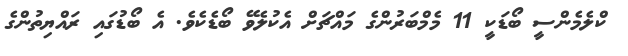
ކްލެމެންސީ ބޯޑަކީ 11 މެމްބަރުންގެ މައްޗަށް އެކުލެވޭ ބޯޑެކެވެ. އެ ބޯޑުގައި ރައްޔިތުންގެ